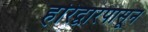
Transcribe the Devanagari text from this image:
हरिद्वारपासून